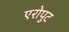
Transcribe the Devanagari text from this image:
एरोपुट